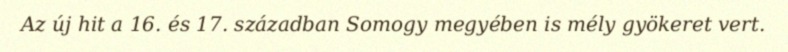
Az új hit a 16. és 17. században Somogy megyében is mély gyökeret vert.